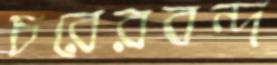
চরেরবন্দ